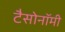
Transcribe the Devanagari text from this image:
टैसोनॉमी